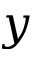
y